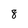
Character: 8